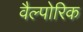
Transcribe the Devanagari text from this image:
वैल्पोरिक